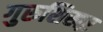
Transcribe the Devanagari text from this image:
गुरुशिखऱ